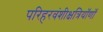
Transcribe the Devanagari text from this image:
परिहरवंशीक्षत्रियॉणॉ